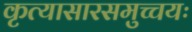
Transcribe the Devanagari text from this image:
कृत्यासारसमुच्चयः